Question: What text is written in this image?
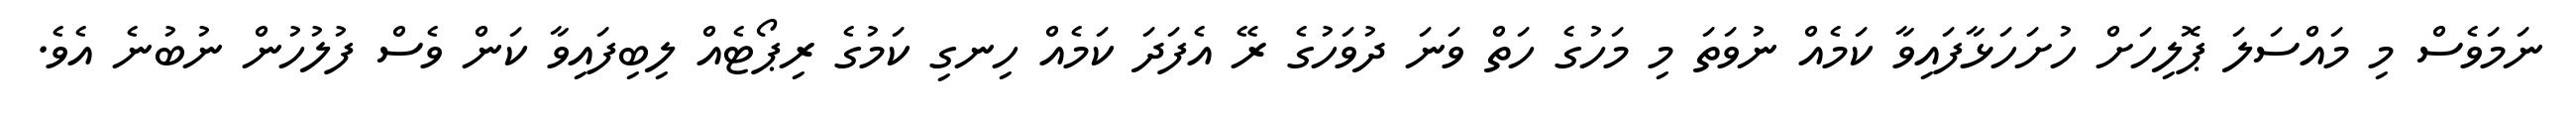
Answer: ނަމަވެސް މި މައްސަލަ ޕޮލިހަށް ހުށަހަޅާފައިވާ ކަމެއް ނުވަތަ މި މަހުގެ ހަތް ވަނަ ދުވަހުގެ ރޭ އެފަދަ ކަމެއް ހިނގި ކަމުގެ ރިޕޯޓެއް ލިބިފައިވާ ކަން ވެސް ފުލުހުން ނުބުނެ އެވެ.